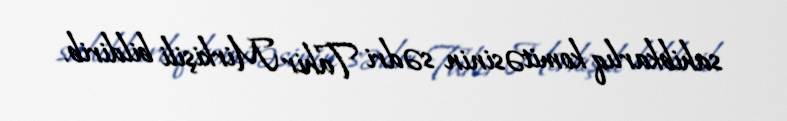
sahibkarlıq komitəsinin sədri Tahir Mirkişili bildirib.